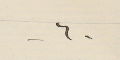
-٦-